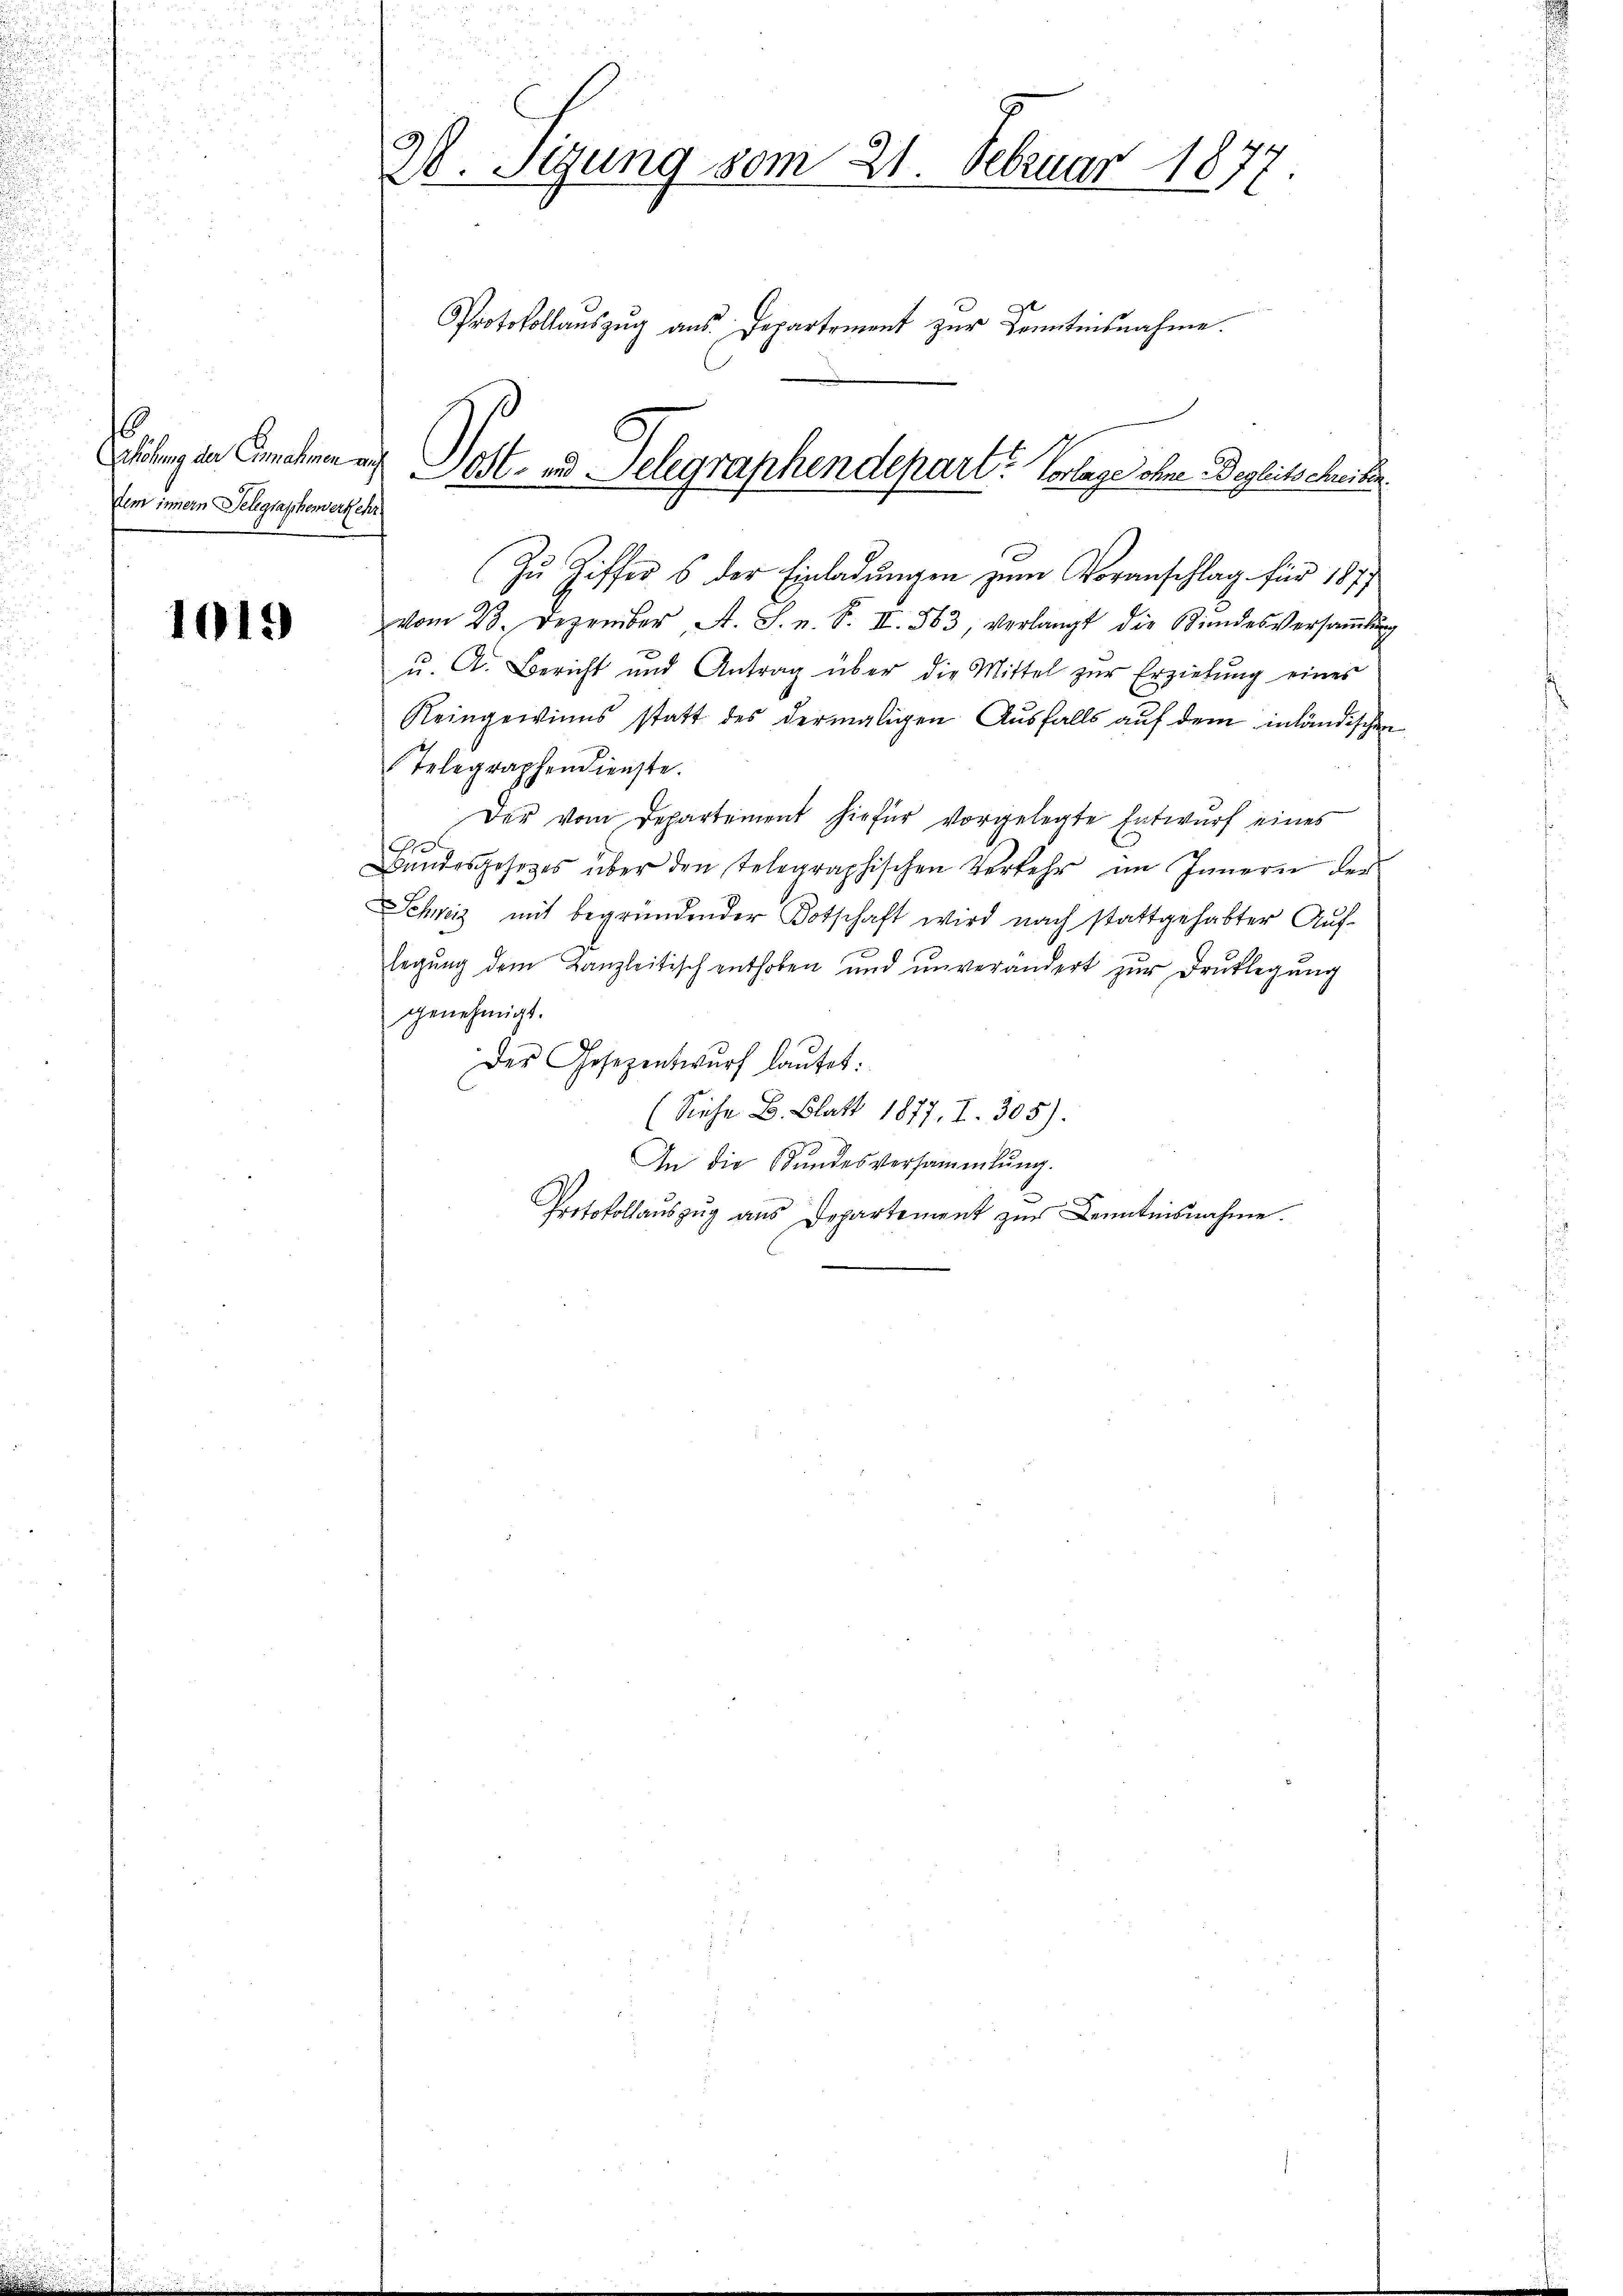
6
Erhöhung der Einnahmen auf
dem innern Telegraphenverkehr

1019

28. Sizung vom 21. Februar 1877.
Protokollauszug aus Departement zur Kenntnisnahme.

Zu Ziffers der Einladungen zum Voranschlag für 1877
vom 23. Dezember, A. S. u. S. II 563, verlangt die Bindesversaṁlŭng
ŭ. A. Bericht und Antrag über die Mittel zŭr Erziehŭng eines
Reingewinns statt des dermaligen Ausfalls auf dem inländischen
Telegraphendienste.
Der vom Departement hiefür vorgelegte Entwurf eines
A
Bandesgesetzes über den telegraphischen Verkehr im Innern der
Schweiz mit begründender Botschaft wird nach stattgehabter Auf-
legŭng dem Kanzleitisch enthoben und unverändert zŭr Drŭklegŭng
genehmigt.
Des Gesezentwurf laŭtet:
e
(Siehe B. Blatt 1877. I. 305).
In die Stundesversammlung.
Protokollauszug aus Departement zur Kenntnisnahme.

Ost- und Telegraphendepart? Vorlage ohne Deglitscheiden